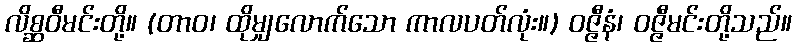
လိစ္ဆဝီမင်းတို့။ (တာဝ၊ ထိုမျှလောက်သော ကာလပတ်လုံး။) ဝဇ္ဇီနံ၊ ဝဇ္ဇီမင်းတို့သည်။